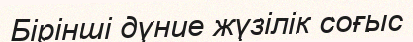
Бірінші дүние жүзілік соғыс